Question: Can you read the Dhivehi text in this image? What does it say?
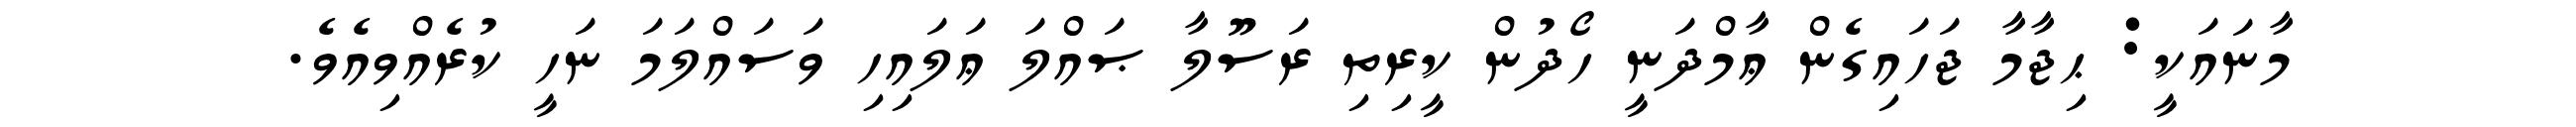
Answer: މާނައަކީ: ޙިޖާމާ ޖަހައިގެން ޢާމްދަނީ ހޯދުން ކީރިތި ރަސޫލާ ޞައްލަ ޢަލައިހި ވަސައްލަމަ ނަހީ ކުރެއްވިއެވެ.